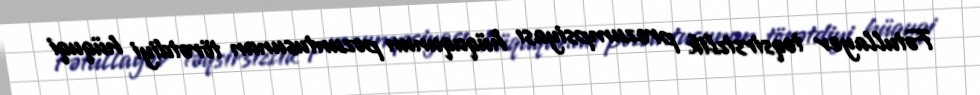
Fətullayev təqsirsizlik prezumpsiyası hüququnun pozuntusunun törətdiyi hüquqi